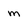
Character: m